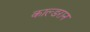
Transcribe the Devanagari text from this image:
काल्डरान